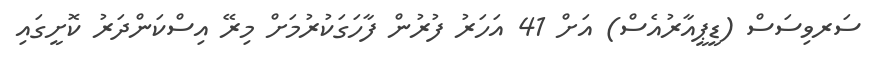
ސަރވިސަސް (ޑީޕީއާރުއެސް) އަށް 41 އަހަރު ފުރުން ފާހަގަކުރުމަށް މިރޭ އިސްކަންދަރު ކޮށީގައި